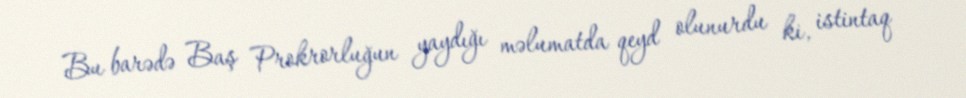
Bu barədə Baş Prokrorluğun yaydığı məlumatda qeyd olunurdu ki, istintaq